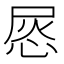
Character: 𢚪